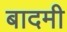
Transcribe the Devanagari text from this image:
बादमी